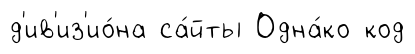
д'ив'из'ио́на са́йты Одна́ко код